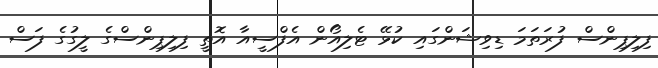
ފިލިޕިންސް ފުރަތަމަ ޑިވިޝަންގައި ކުޅޭ ޓެލިއޯން އެފްސީއާ އޮތީ ފިލިޕިންސްގެ ލީގުގެ ފަސް